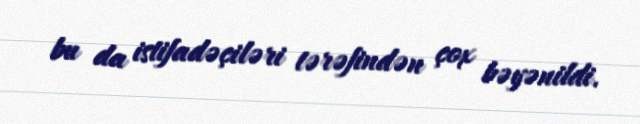
bu da istifadəçiləri tərəfindən çox bəyənildi.